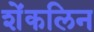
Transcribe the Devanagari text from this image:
शेंकलिन